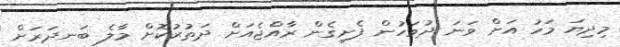
މިދިޔަ މަހު އަށް ވަނަ ދުވަހުން ފެށިގެން ރާއްޖެއަށް ދަތުރުކޮށް މާލެ ބަނދަރަށް